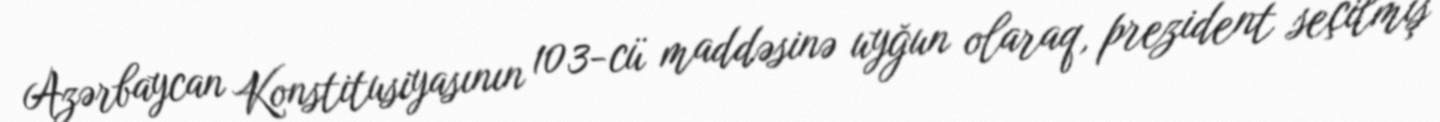
Azərbaycan Konstitusiyasının 103-cü maddəsinə uyğun olaraq, prezident seçilmiş